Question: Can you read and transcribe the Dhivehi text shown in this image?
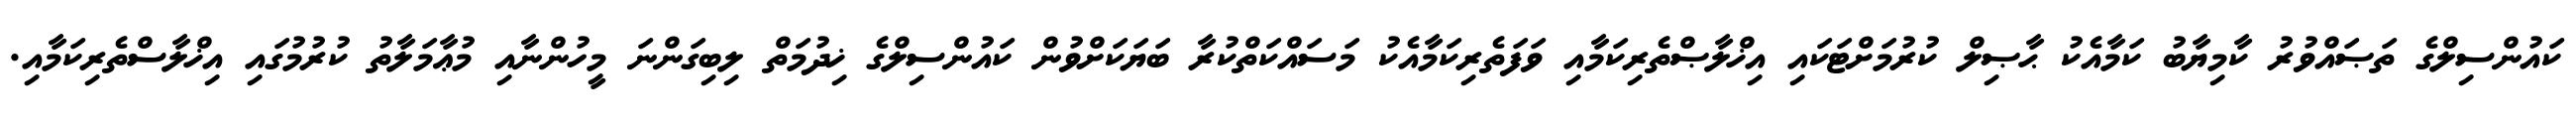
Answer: ކައުންސިލްގެ ތަޞައްވުރު ކާމިޔާބު ކަމާއެކު ޙާޞިލް ކުރުމަށްޓަކައި އިޚްލާޞްތެރިކަމާއި ވަފަތެރިކަމާއެކު މަސައްކަތްކުރާ ބަޔަކަށްވުން ކައުންސިލްގެ ޚިދުމަތް ލިބިގަންނަ މީހުންނާއި މުޢާމަލާތު ކުރުމުގައި އިޚްލާސްތެރިކަމާއި.